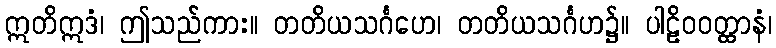
ဣတိဣဒံ၊ ဤသည်ကား။ တတိယသင်္ဂဟေ၊ တတိယသင်္ဂဟ၌။ ပါဠိဝဝတ္ထာနံ၊